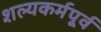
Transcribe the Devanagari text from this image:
शल्यकर्मपूर्व